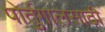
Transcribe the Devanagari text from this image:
पोर्तुगालसाठी